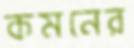
কমনের